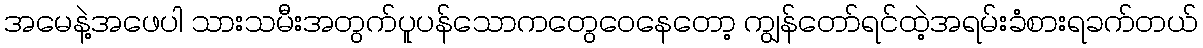
အမေနဲ့အဖေပါ သားသမီးအတွက်ပူပန်သောကတွေဝေနေတော့ ကျွန်တော်ရင်ထဲ့အရမ်းခံစားရခက်တယ်